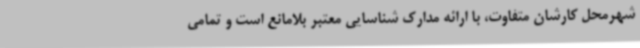
شهرمحل کارشان متفاوت، با ارائه مدارک شناسایی معتبر بلامانع است و تمامی